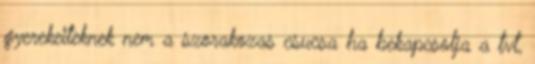
gyerekeiteknek nem a szorakozas csucsa ha bekapcsolja a tvt,